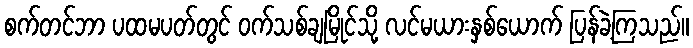
စက်တင်ဘာ ပထမပတ်တွင် ဝက်သစ်ချမြိုင်သို့ လင်မယားနှစ်ယောက် ပြန်ခဲ့ကြသည်။